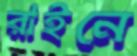
রাইনে